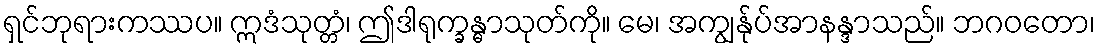
ရှင်ဘုရားကဿပ။ ဣဒံသုတ္တံ၊ ဤဒါရုက္ခန္ဓာသုတ်ကို။ မေ၊ အကျွန်ုပ်အာနန္ဒာသည်။ ဘဂဝတော၊